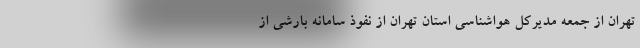
تهران از جمعه مدیرکل هواشناسی استان تهران از نفوذ سامانه بارشی از